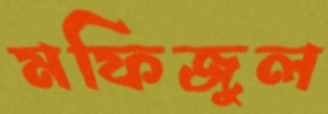
মফিজুল